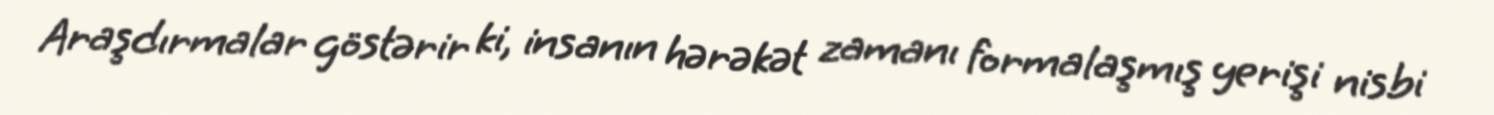
Araşdırmalar göstərir ki, insanın hərəkət zamanı formalaşmış yerişi nisbi